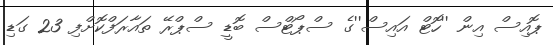
ޕޮއިސް އިން ''ހޮޓް އައިސް''ގެ ސްޕޯޓްސް ބޮޑީ ސްޕްރޭ ތައާރަފްކޮށްފި 23 ގަޑި